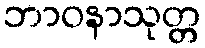
ဘာဝနာသုတ္တ